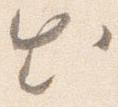
出